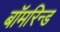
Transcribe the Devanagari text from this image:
बॉमरिन्ड